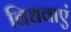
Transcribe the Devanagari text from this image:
विधवाएं